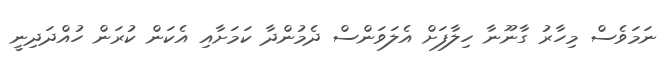
ނަމަވެސް މިހާރު ގާނޫނާ ހިލާފަށް އެލަވަންސް ދެމުންދާ ކަމަށާއި އެކަން ކުރަން ހުއްދަދިނީ